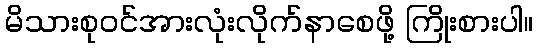
မိသားစုဝင်အားလုံးလိုက်နာစေဖို့ ကြိုးစားပါ။